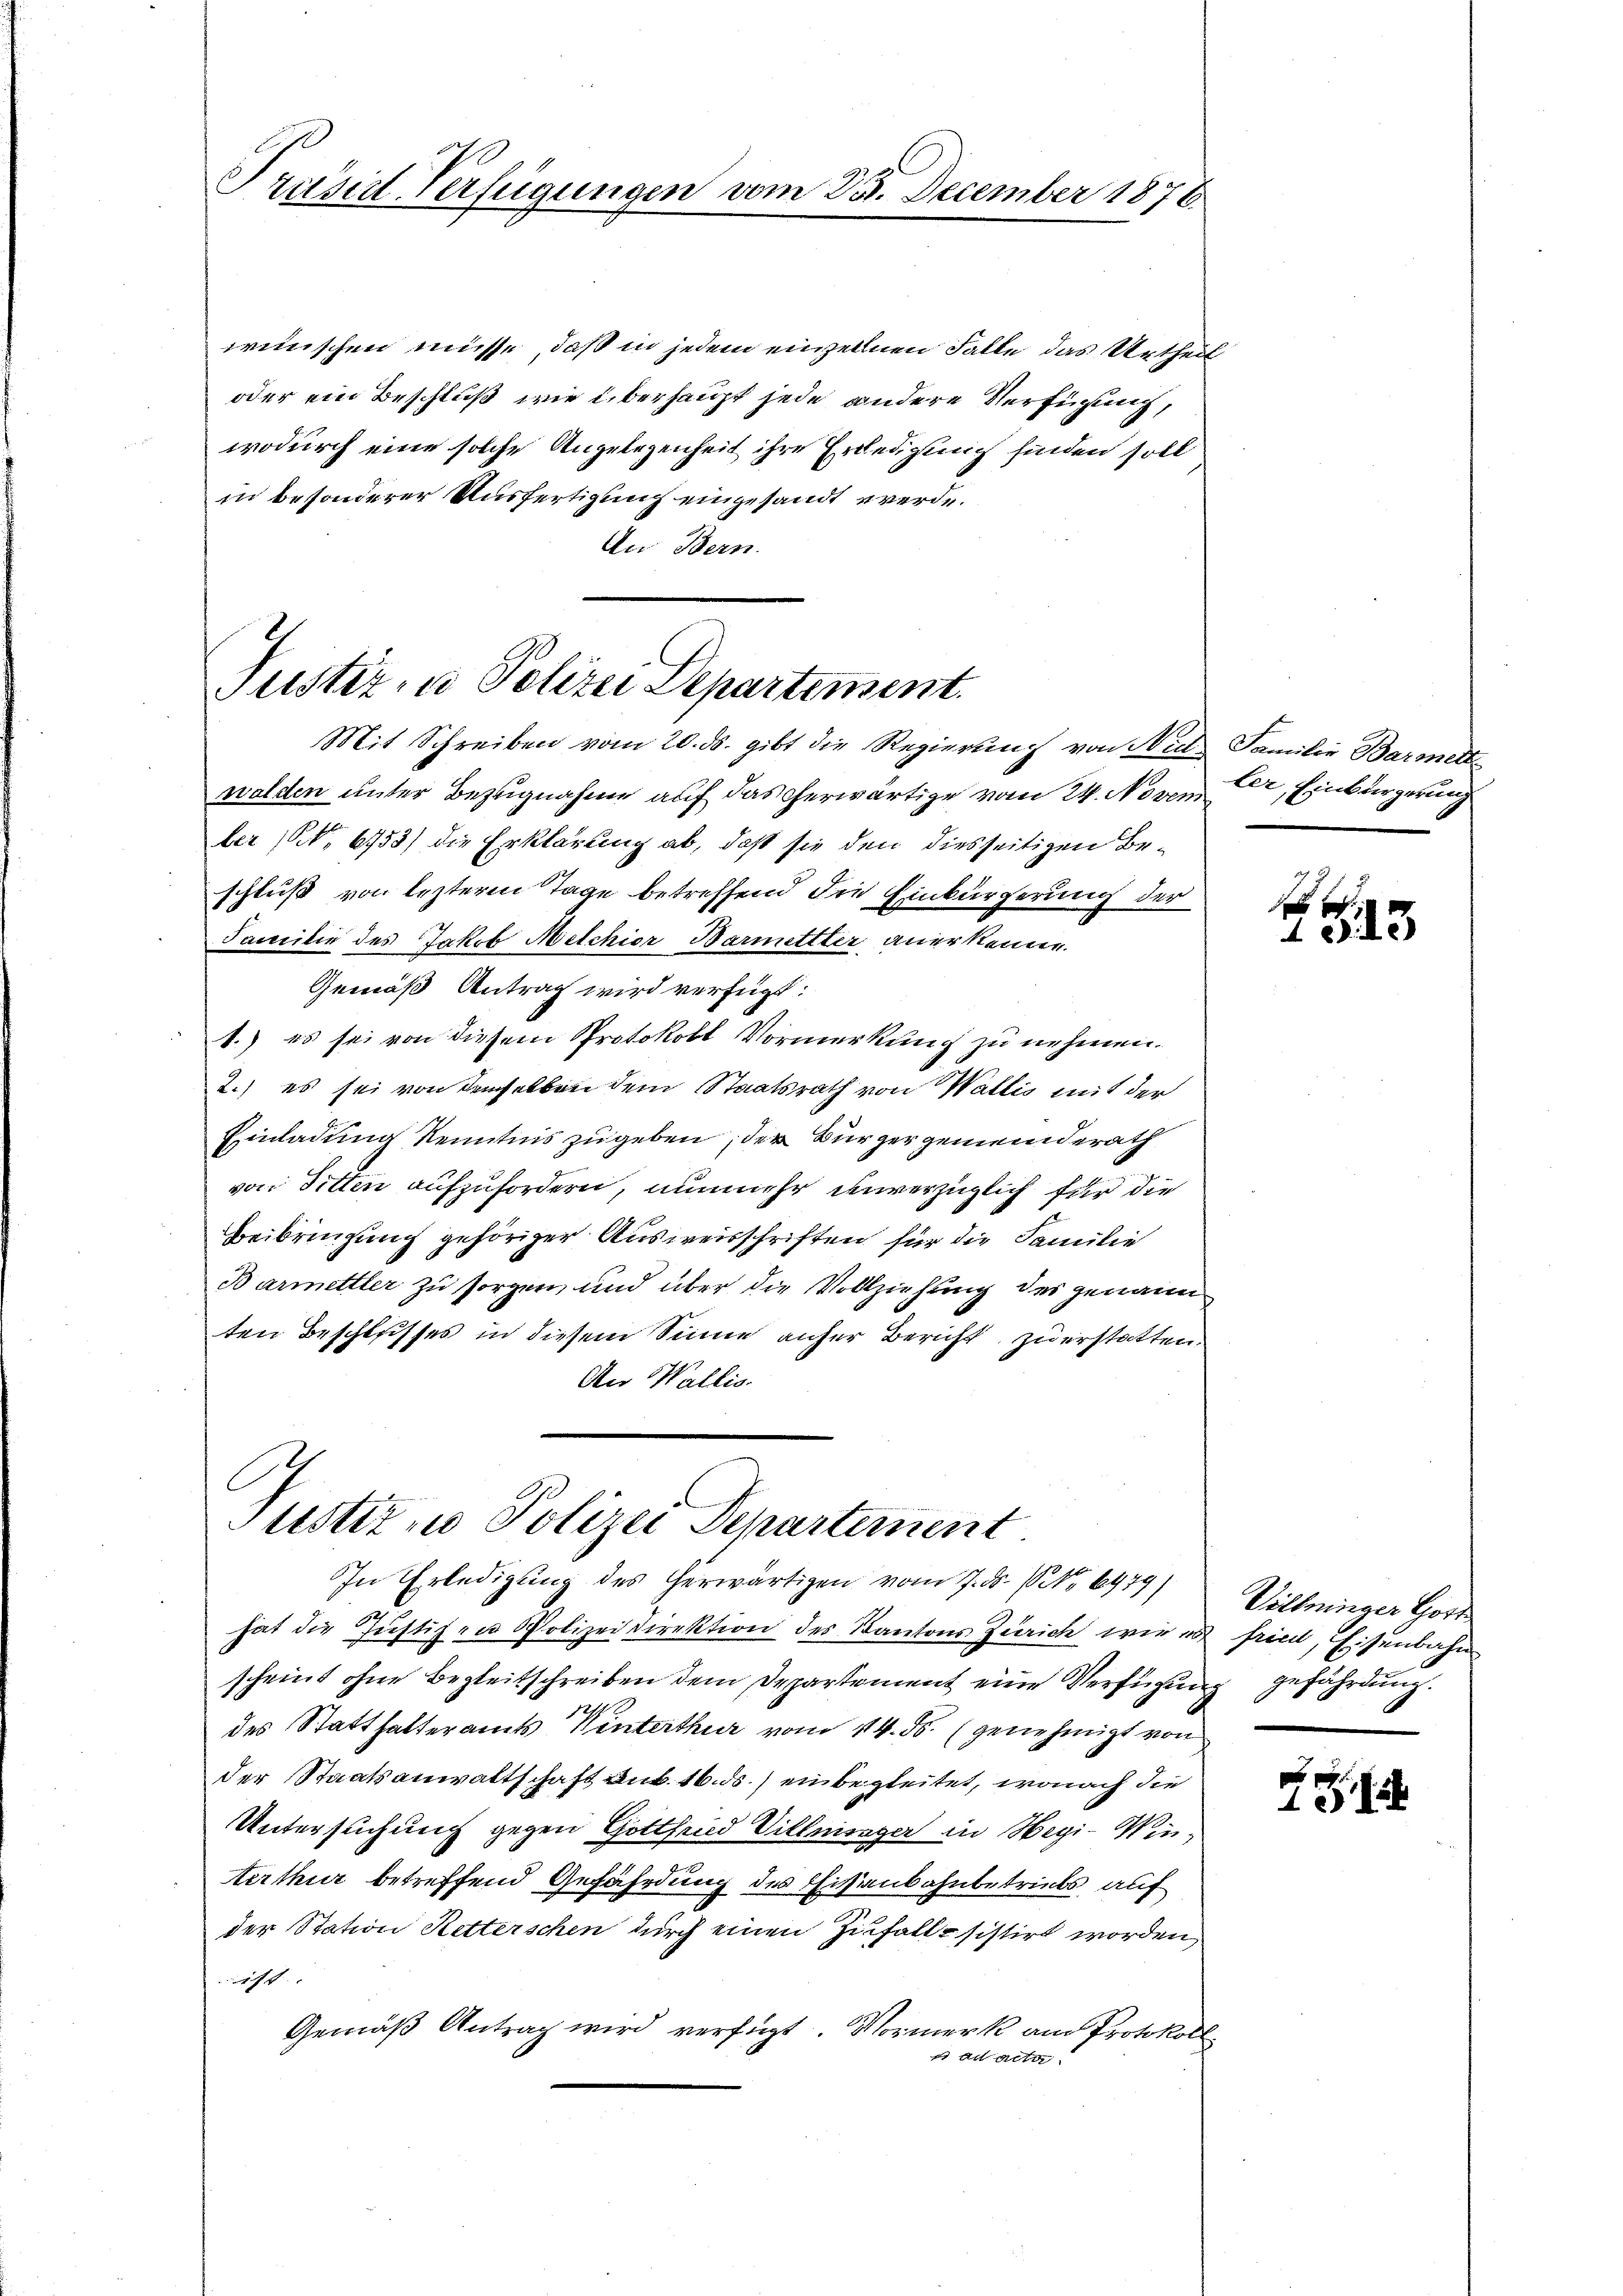
Prüsid-Verfügungen vom 25. December 1876.

wünschen müsse, daß in jedem einzellnen Falle das Urtheil
oder ein Beschluß wie überhaupt jede andere Verfügung,
wodurch eine solche Angelegenheit ihre Erledigung finden soll
in besonderer Ausfertigung eingesandt werde.
An Bern.

Justiz- u Polizei Departement.
Mit Schreiben vom 20. ds. gibt die Regierung von Nid Familie Barmelt

Justiz, u. Polizei Departement
In Erledigung des herwärtigen vom 7. ds. No 6479)

walden unter Bezugnahme auf das herwärtige vom 24. Novem Dr. Einbürgerung
ler (N. 6753) die Erklärung ab, daß sie den diesseitigen Beschluß von leztere Tage betreffend die Einbürgerung der
Familie des Jakob Melchior Barmettter anerkenne.
Gemäß Antrag wird verfügt:
1.) es sei von diesem Protokoll Vormerkung zu nehmen.
2.) es sei von demselben dem Staatsrath von Wallis mit der
Einladung Kenntnis zugeben, der Bürgergemeinderath
von Sitten aufzufordern, nunmehr unverzüglich für die
Beibringung gehöriger Ausweisschriften für die Familie
B armettler zu sorgen und über die Vollziehung des genann
ten Beschlusses in diesem Sinne anher Bericht zu erstatten.
An Wallis.

hat die Jŭstizen Polizeidirektion des Kantons Zürich wie zu fried, Eisenbahn
scheint ohne Begleitschreiben dem Departement eine Verfügung
des Statthalteramts Winterthur vom 14. ds. (genehmigt von
der Staatsanwaltschaft Dub. 16. ds. einbegleitet, wonach die
Untersuchung gegen Gottfrid Villninger in Wegi-Winterthur betreffend Gefährdung des Eisenbahnbetriebs, auf
der Station Ketterschen durch einen Zufallesistirt worden,
1f |
Gemäß Antrag wird verfügt. Normerk am Protokoll
d acta

1
1313

Villninger Gott
gefährdung.

p
18